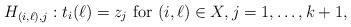
LaTeX: \begin{align*}H_{(i,\ell), j} :t_{i}(\ell) = z_{j}\mbox{\rm ~for~} (i, \ell)\in X, j=1,\ldots, k+1,\end{align*}